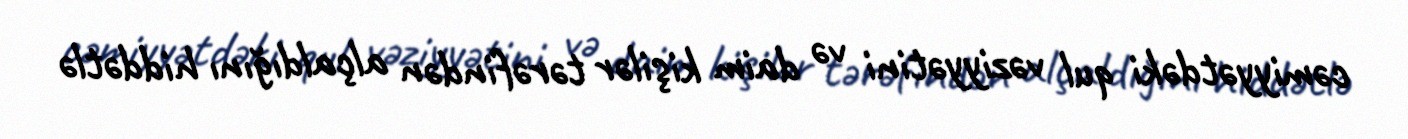
cəmiyyətdəki qul vəziyyətini və daim kişilər tərəfindən alçaldığını hiddətlə